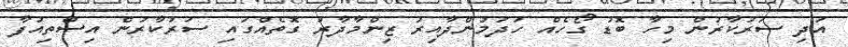
އަދި ސަރުކާރުން މިހާ ބޮޑު ގޯހެއް ހަދަމުންދާއިރު ޒިންމާދާރު ގޮތެއްގައި ސަރުކާރުން އިސްތިއުފާ